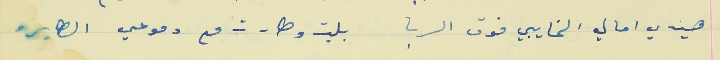
هيدي امالي الخايبي فوق الربا                           بليت وطارت مع دموعي الطايره